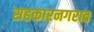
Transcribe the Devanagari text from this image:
सहकारनगरात